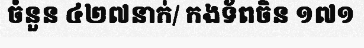
ចំនួន ៤២៧នាក់/ កងទ័ពចិន ១៧១